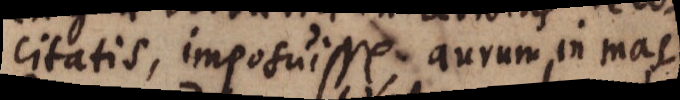
citatis, imposuisse; aurum in mas-